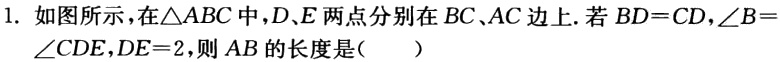
1. 如图所示，在\(\triangle ABC\)中，\(D、E\)两点分别在\(BC、AC\)边上. 若 \(BD = CD\)，\(\angle B=\angle CDE\)，\(DE = 2\)，则 \(AB\)的长度是(  )